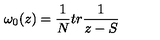
\omega _ { 0 } ( z ) = { \frac { 1 } { N } } t r { \frac { 1 } { z - S } }